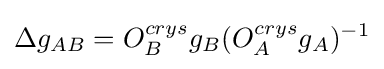
\Delta g_{AB}=O_{B}^{crys}g_{B}(O_{A}^{crys}g_{A})^{-1}